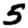
Digit: 5